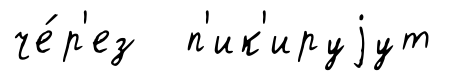
че́р'ез п'ик'ируjут